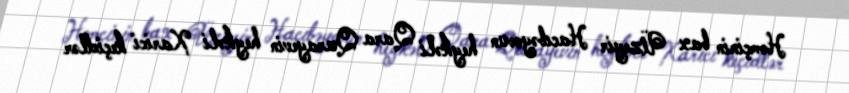
Həmçinin bax Üzeyir Hacıbəyovun heykəli Qara Qarayevin heykəli Xarici keçidlər